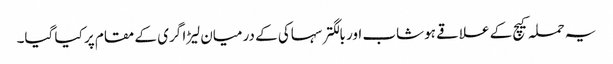
یہ حملہ کیچ کے علاقے ہوشاب اور بالگتر سہاکی کے درمیان لیڑا گری کے مقام پر کیا گیا۔